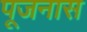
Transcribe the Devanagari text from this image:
पूजनास